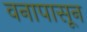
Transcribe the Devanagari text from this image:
वनापासून